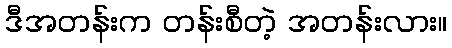
ဒီအတန်းက တန်းစီတဲ့ အတန်းလား။